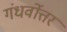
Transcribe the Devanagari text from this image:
गंधर्वोत्तर